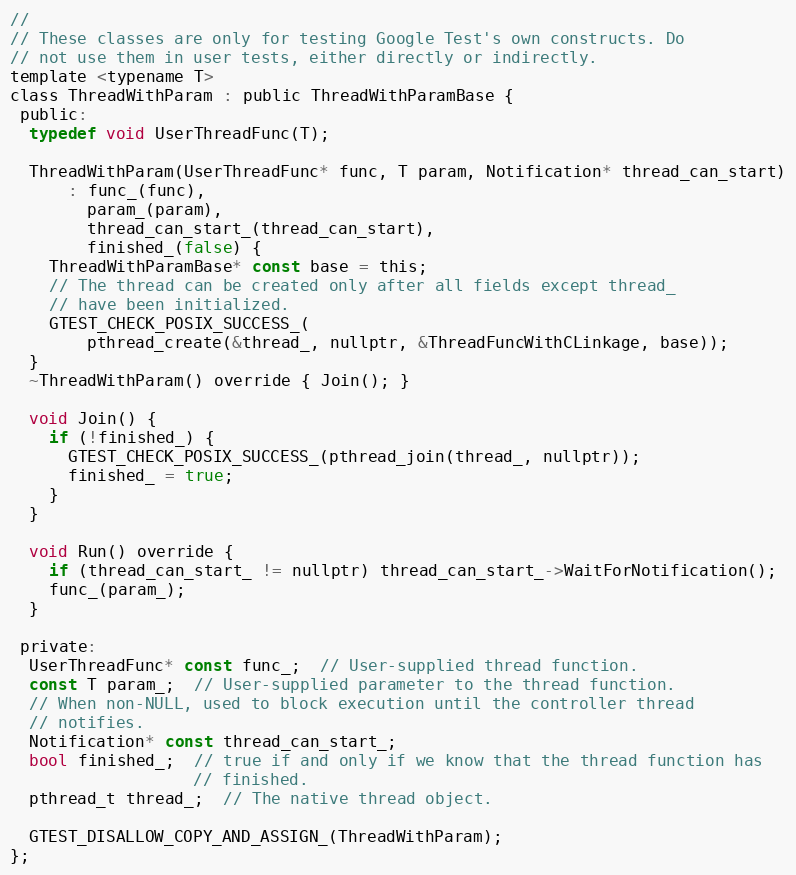
Language: C
//
// These classes are only for testing Google Test's own constructs. Do
// not use them in user tests, either directly or indirectly.
template <typename T>
class ThreadWithParam : public ThreadWithParamBase {
 public:
  typedef void UserThreadFunc(T);

  ThreadWithParam(UserThreadFunc* func, T param, Notification* thread_can_start)
      : func_(func),
        param_(param),
        thread_can_start_(thread_can_start),
        finished_(false) {
    ThreadWithParamBase* const base = this;
    // The thread can be created only after all fields except thread_
    // have been initialized.
    GTEST_CHECK_POSIX_SUCCESS_(
        pthread_create(&thread_, nullptr, &ThreadFuncWithCLinkage, base));
  }
  ~ThreadWithParam() override { Join(); }

  void Join() {
    if (!finished_) {
      GTEST_CHECK_POSIX_SUCCESS_(pthread_join(thread_, nullptr));
      finished_ = true;
    }
  }

  void Run() override {
    if (thread_can_start_ != nullptr) thread_can_start_->WaitForNotification();
    func_(param_);
  }

 private:
  UserThreadFunc* const func_;  // User-supplied thread function.
  const T param_;  // User-supplied parameter to the thread function.
  // When non-NULL, used to block execution until the controller thread
  // notifies.
  Notification* const thread_can_start_;
  bool finished_;  // true if and only if we know that the thread function has
                   // finished.
  pthread_t thread_;  // The native thread object.

  GTEST_DISALLOW_COPY_AND_ASSIGN_(ThreadWithParam);
};